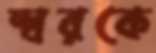
স্বরকে